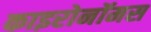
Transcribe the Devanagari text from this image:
काइरोनॉमस